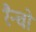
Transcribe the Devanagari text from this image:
रैन्चो